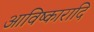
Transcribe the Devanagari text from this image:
आविष्कारादि